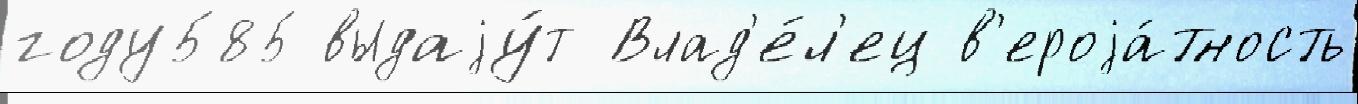
году585 выдаjу́т Влад'е́л'ец в'ероjа́тность